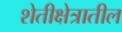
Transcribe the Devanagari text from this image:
शेतीक्षेत्रातील